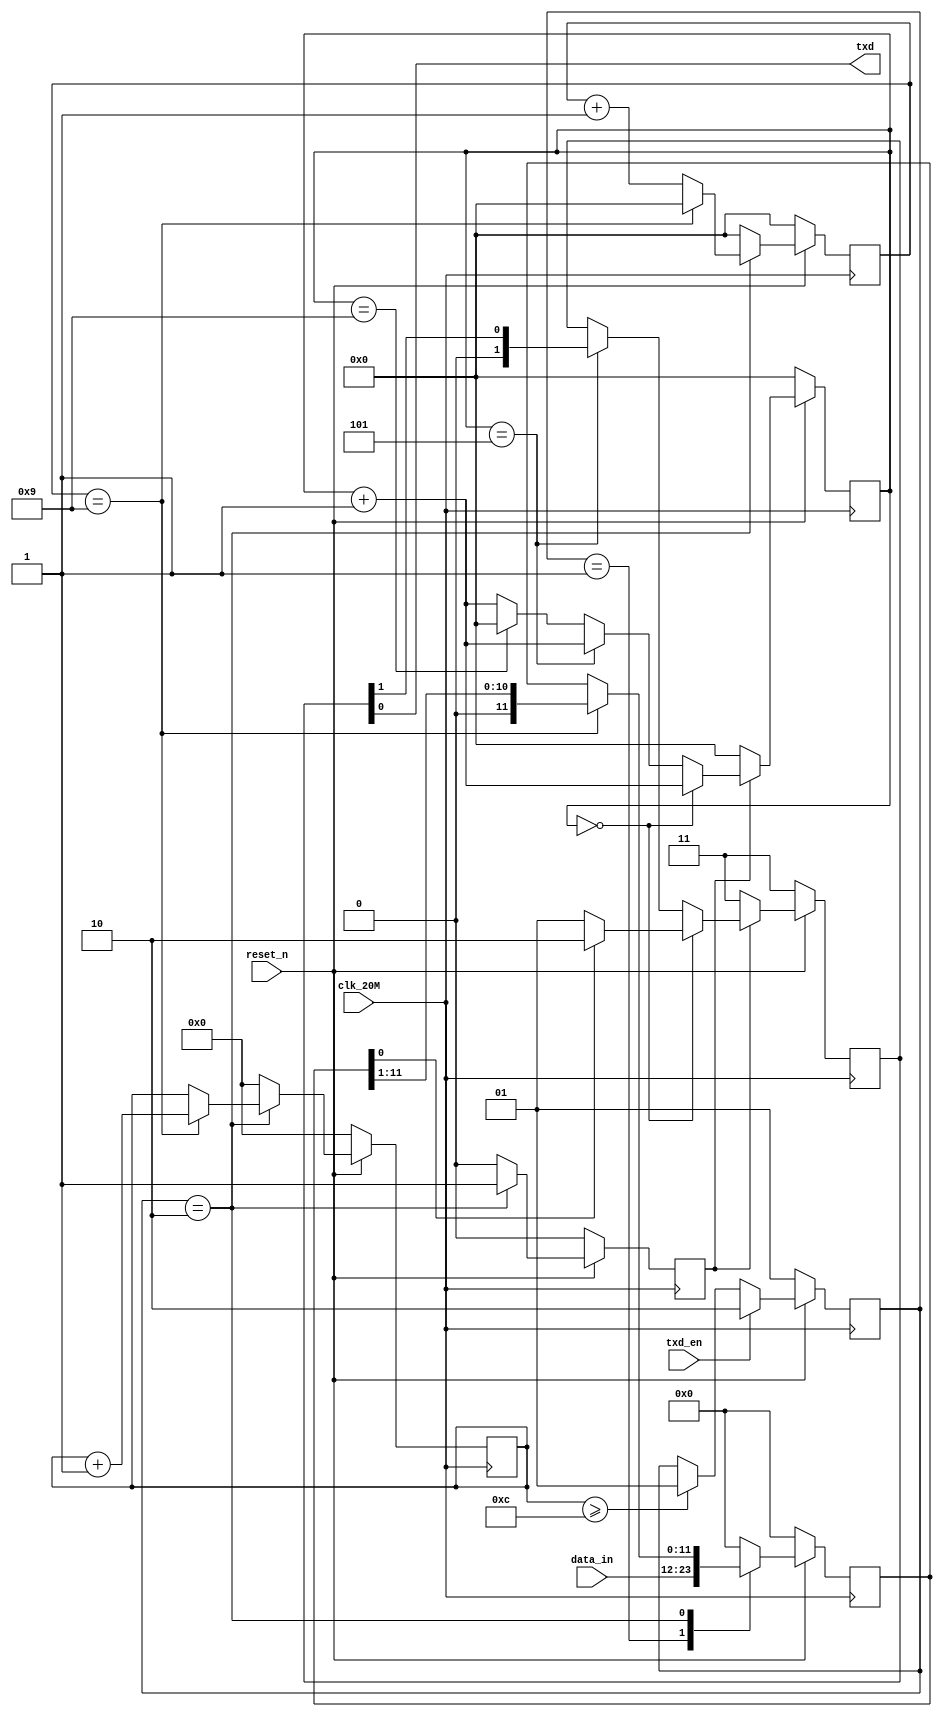
module Man_Txdy(
					input clk_20M,
					input reset_n,
					input txd_en,
					input [txd_num-1:0]data_in,
					output txd
);  

	parameter	txd_num = 12;
	
	reg	[15:0] cnt;
	reg	[ 3:0] cnt1;
	reg   [ 3:0] cnt2;
	reg			 en;
	reg	[ 1:0] data_sam;
	reg	[txd_num-1:0] data_in_reg ;
	reg   [ 1:0] state;
	assign txd = data_sam[0];
//--------txd_enʹЧ״̬10ڷݸ12״̬01------------
always @ (posedge clk_20M)
begin
	if(!reset_n) state <= 2'b01;
	else if (txd_en) state <= 2'b10;
	else if (cnt >= txd_num) state <= 2'b01;
	else state <= state;
end
//------------------------
always @ (posedge clk_20M)
begin
	if(!reset_n) begin	
		en 		<=1'b0;
		cnt		<= 16'd0;
		data_in_reg <= 0;
		cnt2		   <= 4'd0;
   end	  
	else begin
		case (state)
		2'b01 : begin   //Ҫ͵ݽչ
						en 		   <=1'b0;
						cnt		   <= 16'd0;
						data_in_reg <= data_in;
						cnt2		   <= 4'd0;
				  end
		2'b10 : begin//20Mʱcnt210
						en 		   <=1'b1;
						if(cnt2==4'd9) begin
							data_in_reg	<= data_in_reg>>1;
							cnt		   <= cnt + 16'd1;
							cnt2			<= 4'd0;
						end
						else begin
							data_in_reg <= data_in_reg;
							cnt2		   <= cnt2+4'd1;
						end
					end
		default : begin
						en 		   <=1'b0;
						cnt		   <= 16'd0;
						data_in_reg <= 0;
						cnt2			<= 4'd0;
					 end
	   endcase
	end
end

//2M
always @ (posedge clk_20M)
begin
	if(!reset_n) begin
		data_sam		<= 2'b11;
		cnt1 			<= 4'd0;
	end
	else if(en) begin
		if	(cnt1 == 4'd0) begin 
			cnt1<= cnt1+ 4'd1;
			if(data_in_reg[0]) data_sam <= 2'b10;
			else data_sam <= 2'b01;					
		end
		else if(cnt1 == 4'd5) begin
			cnt1     <= cnt1+ 4'd1;
			data_sam	<= data_sam>>1;
		end
		else if(cnt1 == 4'd9) cnt1	<= 4'd0;
		else cnt1<= cnt1+ 4'd1;
	end
	else begin
		data_sam		<= 2'b11;
		cnt1			<= 4'd0;
	end
end
endmodule